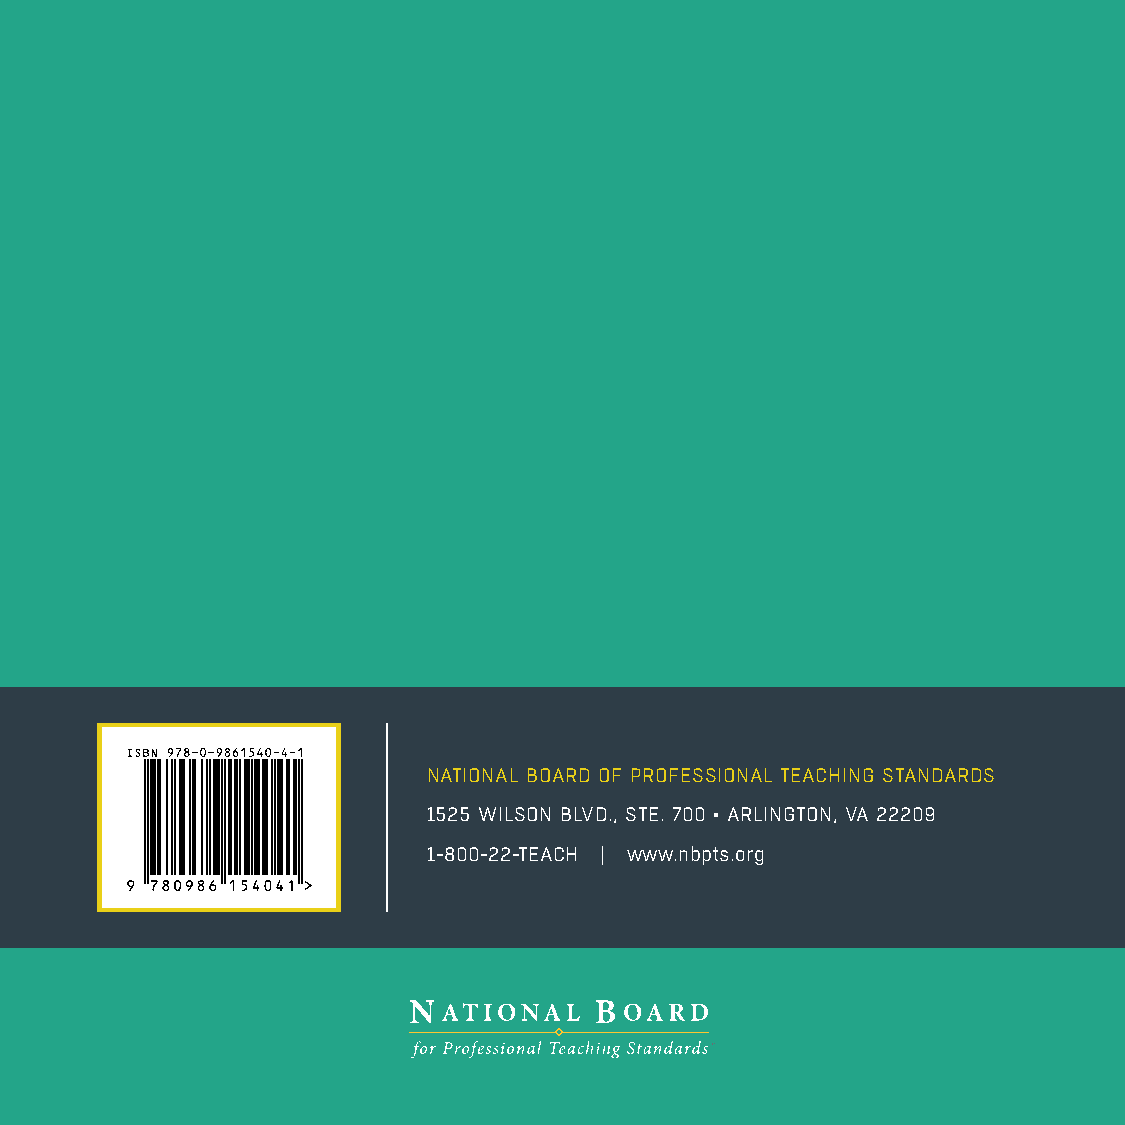
50  What Teachers Should Know and Be Able to Do
 NATIONAL BOARD OF PROFESSIONAL TEACHING STANDARDS
 1525 WILSON BLVD., STE. 700 • ARLINGTON, VA 22209
 1-800-22-TEACH | www.nbpts.org